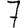
Digit: 7